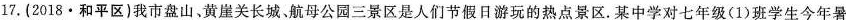
17.(2018·和平区)我市盘山、黄崖关长城、航母公园三景区是人们节假日游玩的热点景区.某中学对七年级(1)班学生今年暑